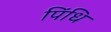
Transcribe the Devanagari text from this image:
पिंधि